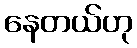
နေတယ်ဟု